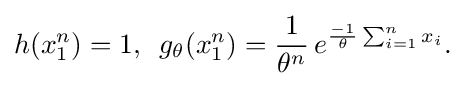
{\begin{aligned}h(x_{1}^{n})=1,\,\,\,g_{\theta }(x_{1}^{n})={1 \over \theta ^{n}}\,e^{{-1 \over \theta }\sum _{i=1}^{n}x_{i}}.\end{aligned}}